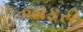
જાફરી